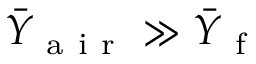
\bar { Y } _ { \mathrm { ~ a ~ i ~ r ~ } } \gg \bar { Y } _ { \mathrm { ~ f ~ } }